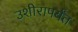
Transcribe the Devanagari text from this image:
उशीरापर्यंत